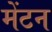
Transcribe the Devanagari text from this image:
मेंटन